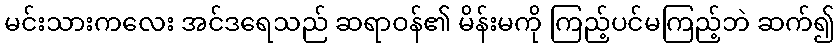
မင်းသားကလေး အင်ဒရေသည် ဆရာဝန်၏ မိန်းမကို ကြည့်ပင်မကြည့်ဘဲ ဆက်၍